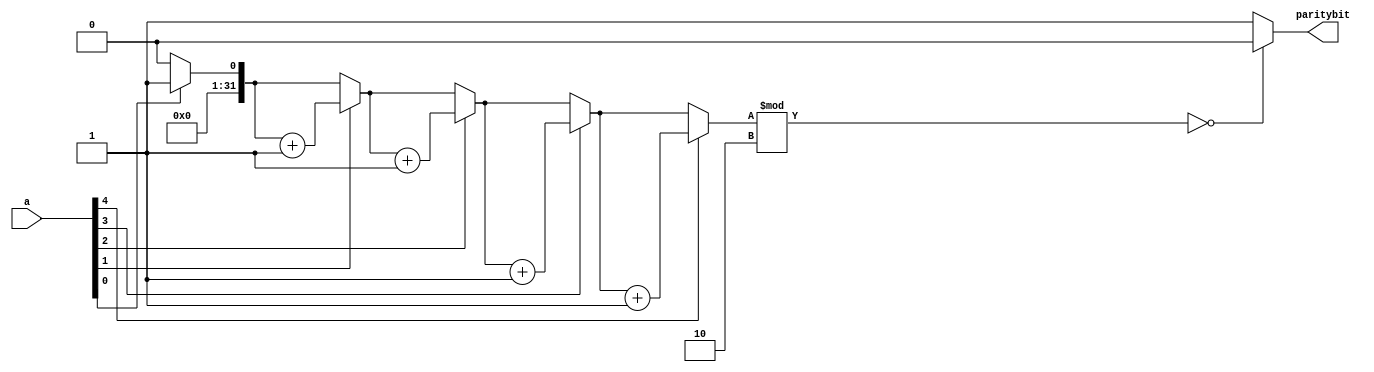
// Even Parity Code 
module even_parity(a,paritybit);
  parameter N=5;
  input [N-1:0]a;
  output reg paritybit;
  integer i,count;
  
  always@*
    begin
      count=0;
      for(i=0; i<=N-1; i=i+1)
        begin
          if(a[i])
            count=count+1'b1;
        end
      if(count%2==1'b0)
        paritybit=1'b0;
      else
        paritybit=1'b1;
        
    end
endmodule

//testbench 
`timescale 1ns/1ns
module test;
   parameter N=5;
  reg [N-1:0]a;
  wire paritybit;
  
  even_parity ins1(a,paritybit);
  
  initial begin 
       a=3;
    #5 a=9;
    #5 a=7;
    #5 a=17;
    #5 a=19;
  
  end
  
  initial 
    $monitor("a=%b,paritybit=%b",a,paritybit);
endmodule